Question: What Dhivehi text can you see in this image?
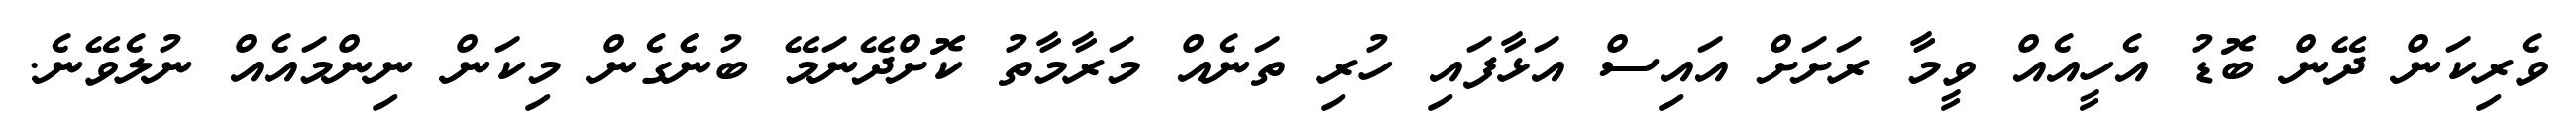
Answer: ވެރިކަން ދޭން ބޮޑު އެހީއެއް ވީމާ ރަށަށް އައިސް އަޅާފައި ހުރި ތަނެއް މަރާމާތު ކޮށްދޭނަމޭ ބުނެެގެން މިކަން ނިންމައެއް ނުލެވޭނެ.